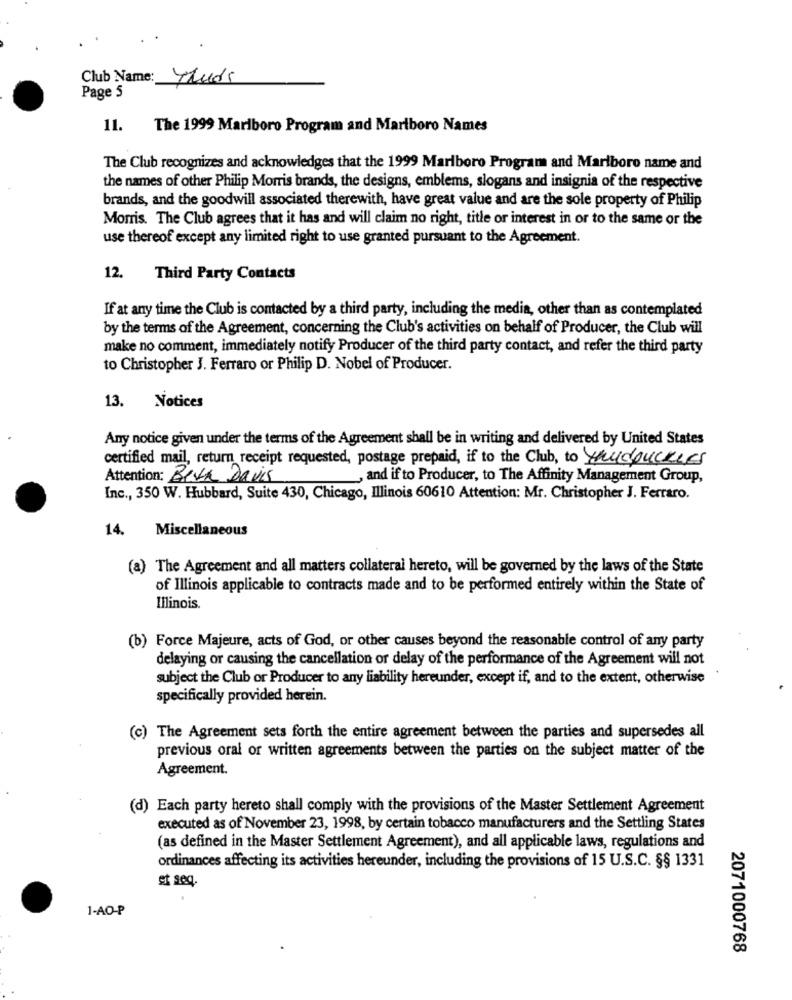
Club Name: 42uds
Page 5
11. The 1999 Marlboro Program and Marlboro Names
The Club recognizes and acknowledges that the 1999 Marlboro Program and Marlboro name and
the names of other Philip Morris brands, the designs, emblems, slogans and insignia of the respective
brands, and the goodwill associated therewith, have great value and are the sole property of Philip
Morris. The Club agrees that it has and will claim no right, title or interest in or to the same or the
use thereof except any limited right to use granted pursuant to the Agreement.
12. Third Party Contacts
If at any time the Club is contacted by a third party, including the media, other than as contemplated
by the terms of the Agreement, concerning the Club's activities on behalf of Producer, the Club will
make no comment, immediately notify Producer of the third party contact, and refer the third party
to Christopher J. Ferraro or Philip D. Nobel of Producer.
13.
Notices
Any notice given under the terms of the Agreement shall be in writing and delivered by United States
certified mail, return receipt requested, postage prepaid, if to the Club, to mudouckes
Attention: BIVA Davis
, and if to Producer, to The Affinity Management Group,
Inc ., 350 W. Hubbard, Suite 430, Chicago, Illinois 60610 Attention: Mr. Christopher J. Ferraro.
14. Miscellaneous
(a) The Agreement and all matters collateral hereto, will be governed by the laws of the State
of Illinois applicable to contracts made and to be performed entirely within the State of
Illinois
(b) Force Majeure, acts of God, or other causes beyond the reasonable control of any party
delaying or causing the cancellation or delay of the performance of the Agreement will not
subject the Club or Producer to any liability hereunder, except if, and to the extent, otherwise
specifically provided herein.
(c) The Agreement sets forth the entire agreement between the parties and supersedes all
previous oral or written agreements between the parties on the subject matter of the
Agreement.
(d) Each party hereto shall comply with the provisions of the Master Settlement Agreement
executed as of November 23, 1998, by certain tobacco manufacturers and the Settling States
(as defined in the Master Settlement Agreement), and all applicable laws, regulations and
ordinances affecting its activities hereunder, including the provisions of 15 U.S.C. §§ 1331
et seq.
1-AO-P
2071000768